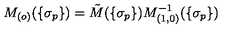
M _ { ( o ) } ( \{ \sigma _ { p } \} ) = \tilde { M } ( \{ \sigma _ { p } \} ) M _ { ( 1 , 0 ) } ^ { - 1 } ( \{ \sigma _ { p } \} )